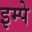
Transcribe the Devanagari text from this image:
इम्पे